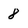
Character: 8